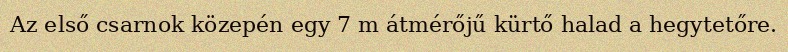
Az első csarnok közepén egy 7 m átmérőjű kürtő halad a hegytetőre.